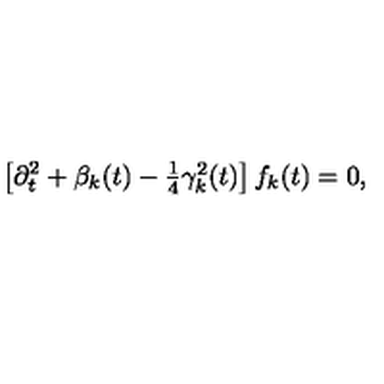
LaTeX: \left[ \partial _ { t } ^ { 2 } + \beta _ { k } ( t ) - \textstyle { \frac { 1 } { 4 } } \gamma _ { k } ^ { 2 } ( t ) \right] f _ { k } ( t ) = 0 ,